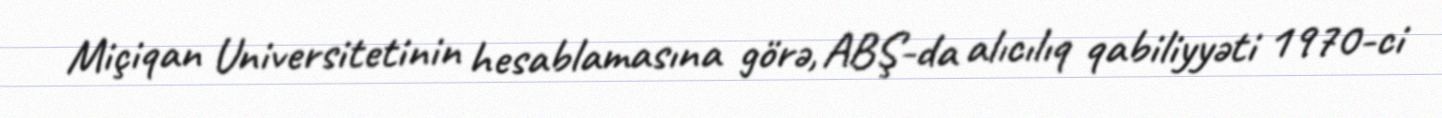
Miçiqan Universitetinin hesablamasına görə, ABŞ-da alıcılıq qabiliyyəti 1970-ci